Sanitation, dispensaries and jails vaccination Rajputana 1922-1927 - 1922-1927
Year: 1922
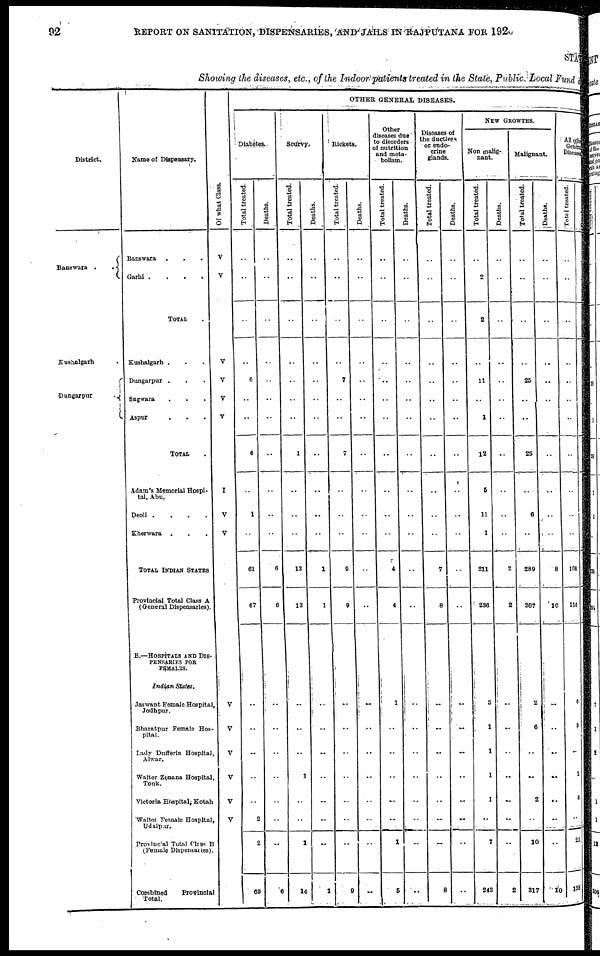
92
REPORT ON SANITATION, DISPENSARIES, AND JAILS IN RAJPUTANA FOR 1926
STATE
Showing the diseases, etc., of the Indoor patients treated in the State, Public. Local Fund
District.
Banswara .
.
Kushalgarh
Dungarpur
Name of Dispensary.
Banswara
Garni
.
.
.
.
TOTAL .
Kushalgarh .
Dungarpur .
Sagwara
Aspur
TOTAL
Adam's Memorial Hospi-
tal, Abu.
Deoli .
.
.
.
Kherwara . . .
TOTAL INDIAN STATES
Provincial Total Class A
(General Dispensaries).
B.—HOSPITALS AND DIS-
PENSARIES FOR
FEMALES.
Indian States.
Jaswant Female Hospital
Jodhpur.
Bharatpur Female Hos-
pital.
Lady Dufferin Hospital,
Alwar.
Walter Zenana Hospital,
Tonk.
Victoria Hospital; Kotah
Walter Female Hospital,
Udaipur.
Provincial Total Class B
(Female Dispensaries).
Combined
Provincial
Total.
Of what Class.
V
V
V
V
V
V
I
V
V
V
V
V
V
V
V
OTHER, GENERAL DISEASES.
Diabetes.
Total treated.
..
..
..
..
6
..
..
6
..
1
..
61
67
..
..
..
..
..
2
2
60
Deaths.
..
..
..
..
..
..
..
..
..
..
..
6
6
..
..
..
..
..
..
..
6
Scurvy.
Total treated.
..
..
..
..
..
..
..
1
..
..
..
13
13
..
..
..
1
..
..
1
14
Deaths.
..
..
..
..
..
..
..
..
..
..
..
1
1
..
..
..
..
..
..
..
1
Rickets.
Total treated.
..
..
..
..
7
..
..
7
..
..
..
9
9
..
..
..
..
..
..
..
9
Deaths.
..
..
..
..
..
..
..
..
..
..
..
..
..
..
..
..
..
..
..
..
..
Other
diseases due
to disorders
of nutrition
and meta-
bolism.
Total treated.
..
..
..
..
..
..
..
..
..
..
..
4
4
1
..
..
..
..
..
1
5
Deaths.
..
..
..
..
..
..
..
..
..
..
..
..
..
..
..
..
..
..
..
..
..
Diseases of
the ductless
or endo-
crine
glands.
Total treated.
..
..
..
..
..
..
..
..
..
..
..
7
8
..
..
..
..
..
..
..
8
Deaths.
..
..
..
..
..
..
..
..
..
..
..
..
..
..
..
..
..
..
..
..
..
NEW GROWTHS.
Non malig-
nant.
Total treated.
..
2
2
..
11
..
1
12
5
11
1
211
236
3
1
1
1
1
..
7
243
Deaths.
..
..
..
..
..
..
..
..
..
..
..
2
2
..
..
..
..
..
..
..
2
Malignant.
Total treated.
..
..
..
..
25
..
..
25
..
6
..
289
307
2
6
..
..
2
..
10
317
Deaths.
..
..
..
..
..
..
..
..
..
..
..
8
10
..
..
..
..
. .
..
..
10
All other
General
Diseases.
Total treated.
..
..
..
..
..
..
..
..
..
108
116
6
9
..
1
6
..
22
138